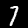
Digit: 7